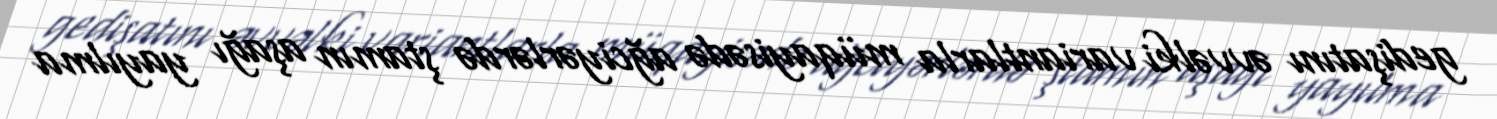
gedişatını əvvəlki variantlarla müqayisədə ağciyərlərdə ştamın aşağı yayılma